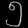
Digit: ၅